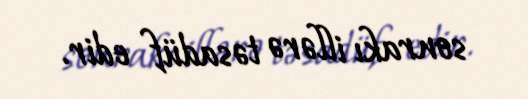
sonrakı illərə təsadüf edir.